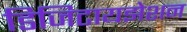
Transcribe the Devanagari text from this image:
डिजिटायझेशन